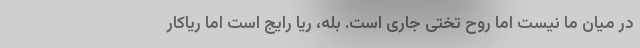
در میان ما نیست اما روح تختی جاری است. بله، ریا رایج است اما ریاکار